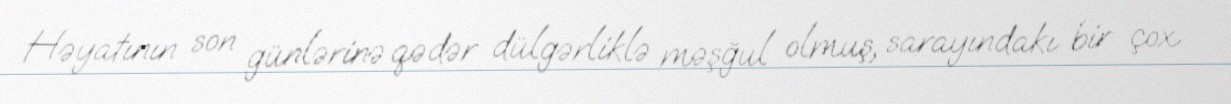
Həyatının son günlərinə qədər dülgərliklə məşğul olmuş, sarayındakı bir çox